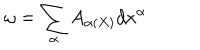
\omega = \sum _ { \alpha } A _ { \alpha ( X ) } d x ^ { \alpha }